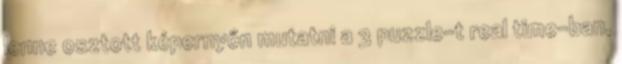
lenne osztott képernyőn mutatni a 3 puzzle-t real time-ban,